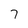
Character: 7